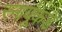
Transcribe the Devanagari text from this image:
स्नायूंकडे